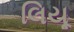
લિયૂ